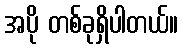
အပို တစ်ခုရှိပါတယ်။